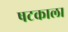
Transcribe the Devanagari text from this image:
षटकाला